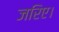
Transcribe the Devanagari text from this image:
जरिए।